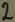
Text: 2